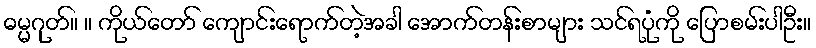
ဓမ္မဂုတ်။ ။ ကိုယ်တော် ကျောင်းရောက်တဲ့အခါ အောက်တန်းစာများ သင်ရပုံကို ပြောစမ်းပါဦး။